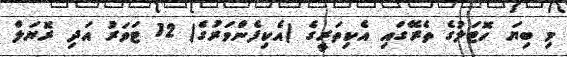
މި ބިޔަ ހޮޓަލުގެ ތެރޭގައި އެކިތަރީގެ (އެކިފެންވަރުގެ) 12 ޓަވަރު އަދި ރޮޔަލް